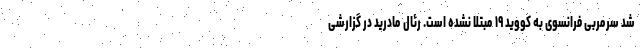
شد سرمربی فرانسوی به کووید ۱۹ مبتلا نشده است. رئال مادرید در گزارشی